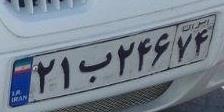
۲۱ب۲۴۶۷۴